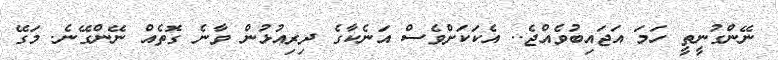
ނޭންގުނީތީ ހަމަ އަޖައިބުވެއްޖެ.. އެކަކަށްވެސް އަނެކާގެ ދިރިއުޅުން ވާނެ ގޮތެއް ނޭންގޭނެ. މަގޭ